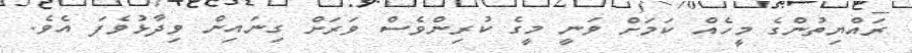
ރައްޔިތުންގެ މީހެއް ކަމަށް ވަނީ މީގެ ކުރިންވެސް ވަރަށް ގިނައިން ވިދާޅުވެފަ އެވެ.